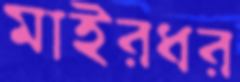
মাইরধর